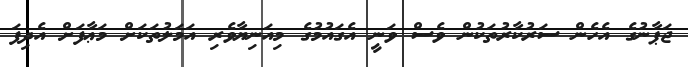
ޖަޕާނުގެ އެހެން ސަރުކާރުތަކުން ވެސް ވަނީ އެގައުމުގެ މިއަނިޔާވެރި އަމަލުތަކަށް މަޢާފަށް އެދިފަ